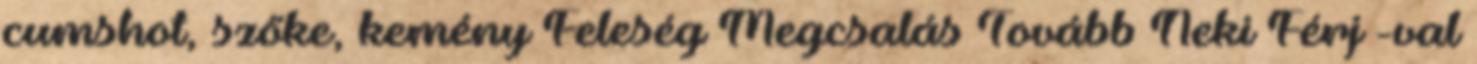
cumshot, szőke, kemény Feleség Megcsalás Tovább Neki Férj -val